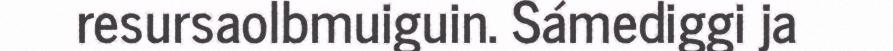
resursaolbmuiguin. Sámediggi ja